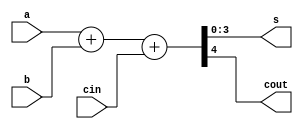
/*
	somador4b.v
	somador de 4-bits usando operadores aritmticos
*/

module somador4b (a,b, cin, s, cout);

	input [3:0] a,b;
	input cin;
	output [3:0] s;
	output cout;
	
	assign {cout,s} = a+b+cin;

endmodule